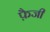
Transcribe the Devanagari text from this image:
फ़ैजी